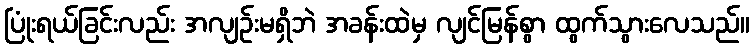
ပြုံးရယ်ခြင်းလည်း အလျဉ်းမရှိဘဲ အခန်းထဲမှ လျင်မြန်စွာ ထွက်သွားလေသည်။